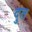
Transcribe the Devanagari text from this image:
दुत